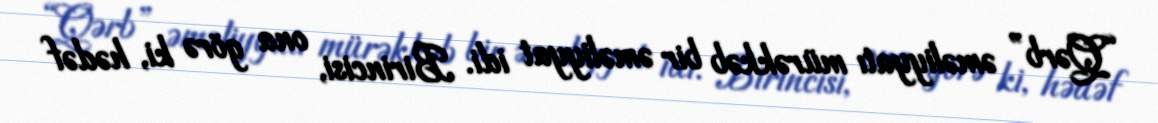
“Qərb” əməliyyatı mürəkkəb bir əməliyyat idi. Birincisi, ona görə ki, hədəf